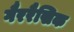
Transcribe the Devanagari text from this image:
गैररैखिक